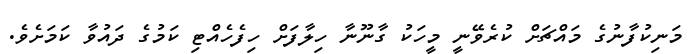
މަނިކުފާނުގެ މައްޗަށް ކުރެވޭނީ މީހަކު ގާނޫނާ ހިލާފަށް ހިފެހެއްޓި ކަމުގެ ދައުވާ ކަމަށެވެ.